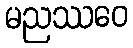
မညဿဝေ